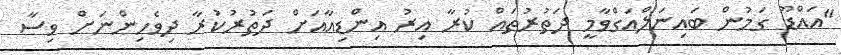
"އައްޑޫ ގަމުން ބައިނަލްއަގްވާމީ ދަތުރުތައް ކުރާ އިރު އިންޑިއާއަށް ދަތުރުކުރާ ދިވެހިންނަށް ވިސާ